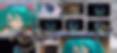
আঁকব